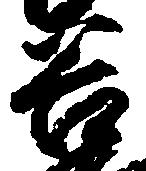
谷